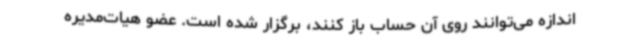
اندازه می‌توانند روی آن حساب باز کنند، برگزار شده ‌است. عضو هیات‌مدیره